Lunatic asylums Bombay report 1891-1903 - 1891-1903
Year: 1891
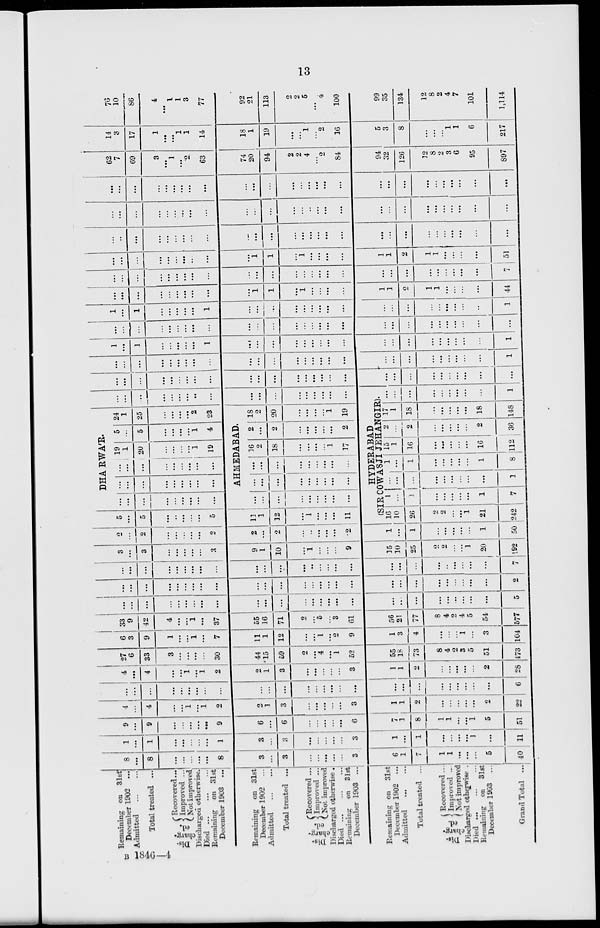
13
Remaining on 31st
December 1902
...
Admitted
...
...
Total treated ...
Dis-
charg-
ed.
Recovered ...
Improved ...
Not improved
Discharged otherwise.
Died
...
...
...
Remaining
on 31st
December 1903 ...
Remaining on 31st
December 1902
...
Admitted
...
...
Total treated ...
Dis-
charg-
---
Recovered ...
Improved ...
Not improved
Discharged otherwise .
Died ... ... ...
Remaining on
31st
December 1903 ...
Remaining on
31st
December 1902
...
Admitted
...
...
Total treated ...
Dis-
charg-
ed.
Recovered ...
Improved ...
Not improved
Discharged otherwise .
Died ...
...
...
Remaining on
31st
December 1903
...
Grand Total ...
8
...
8
...
...
...
...
...
8
3
...
3
...
...
...
...
...
3
6
1
7
1
1
...
...
...
5
40
1
...
1
...
...
...
...
...
1
3
...
3
...
...
...
...
...
3
1
...
1
...
...
...
...
1
...
11
9
...
9
...
...
...
...
...
9
6
...
6
...
...
...
...
...
6
7
1
8
1
1
...
...
1
5
51
4
...
4
...
...
1
...
1
2
2
1
3
...
...
...
...
...
3
1
1
2
...
...
...
...
...
2
22
...
...
...
...
...
...
...
...
...
...
...
...
...
...
...
...
...
...
...
...
...
...
...
...
...
...
...
6
4
...
4
...
...
1
...
1
2
2
1
3
...
...
...
...
...
3
1
1
2
...
...
...
...
...
2
28
27
6
33
3
...
...
...
...
30
44
15
59
2
...
4
...
1
52
55
18
73
8
4
2
3
5
51
473
6
3
9
1
...
...
1
...
7
11
1
12
...
...
1
...
2
9
1
3
4
...
...
...
1
...
3
104
33
9
42
4
...
...
1
...
37
55
16
71
2
...
5
...
3
61
56
21
77
8
4
2
4
5
54
577
...
...
...
...
...
...
...
...
...
...
...
...
...
...
...
...
...
...
...
...
...
...
...
...
...
...
...
5
...
...
...
...
...
...
...
...
...
...
...
...
...
...
...
...
...
...
...
...
...
...
...
...
...
...
...
2
...
...
...
...
...
...
...
...
...
...
...
...
...
...
...
...
...
...
...
...
...
...
...
...
...
...
...
7
3
...
3
...
...
...
...
...
3
9
1
10
...
1
...
...
...
9
15
10
25
2
2
...
...
1
20
192
2
...
2
...
...
...
...
...
2
2
...
2
...
...
...
...
...
2
1
...
1
...
...
...
...
...
1
50
5
...
5
...
...
...
...
...
5
11
1
12
...
1
...
...
...
11
...
...
...
...
...
...
...
...
...
...
...
...
...
...
...
...
...
...
DHARWA'R.
...
...
...
...
...
...
...
...
...
...
...
...
...
...
...
...
...
...
19
1
20
...
...
...
...
1
19
5
...
5
...
...
...
...
1
4
AHMEDABAD.
...
...
...
...
...
...
...
...
...
...
...
...
...
...
...
...
...
...
16
2
18
...
...
...
...
1
17
2
...
2
...
...
...
...
...
2
24
1
25
...
...
...
...
2
23
18
2
20
...
...
...
...
1
19
...
...
...
...
...
...
...
...
...
...
...
...
...
...
...
...
...
...
HYDERABAD
(SIR COWASJI JEHANGIR)
16
10
26
2
2
...
...
1
21
242
1
...
1
...
...
...
...
...
1
7
...
...
...
...
...
...
...
...
...
1
1
...
1
...
...
...
...
...
1
8
15
1
16
...
...
...
...
...
16
112
2
...
2
...
...
...
...
...
2
36
17
1
18
...
...
...
...
...
18
148
...
...
...
...
...
...
...
...
...
1
...
...
...
...
...
...
...
...
...
...
...
...
...
...
...
...
...
...
...
...
...
...
...
...
...
...
...
...
...
...
...
...
...
...
...
...
...
...
...
...
...
...
...
...
...
...
...
...
...
...
...
...
...
1
1
...
1
...
...
...
...
...
1
...
...
...
...
...
...
...
...
...
...
...
...
...
...
...
...
...
...
1
...
...
...
...
...
...
...
...
...
...
...
...
...
...
...
...
...
...
...
...
...
...
...
...
...
...
...
...
1
...
1
...
...
...
...
...
1
...
...
...
...
...
...
...
...
...
...
...
...
...
...
...
...
...
..
1
...
...
...
...
...
...
...
...
...
...
1
1
...
1
...
...
...
...
1
1
2
1
1
...
...
...
...
44
...
...
...
...
...
...
...
...
...
...
...
...
...
...
...
...
...
...
...
...
...
...
...
...
...
...
...
7
...
...
...
...
...
...
...
...
...
...
1
1
...
1
...
...
...
...
1
1
2
1
1
...
...
...
...
51
...
...
...
...
...
...
...
...
...
...
...
...
...
...
...
...
...
...
...
...
...
...
...
...
...
...
...
...
...
...
...
...
...
...
...
...
...
...
...
...
...
...
...
...
...
...
...
...
...
...
...
...
...
...
...
...
...
...
...
...
...
...
...
...
...
...
...
...
...
...
...
...
...
...
...
...
...
...
...
...
...
...
...
...
62
7
69
3
...
1
...
2
63
74
20
94
2
2
4
...
2
84
94
32
126
12
8
2
3
6
95
897
14
3
17
1
...
...
1
1
14
18
1
19
...
...
1
...
2
16
5
3
8
...
...
...
1
1
6
217
76
10
86
4
...
1
1
3
77
92
21
113
2
2
5
...
4
100
99
35
134
12
8
2
4
7
101
1,114
B 1846—4